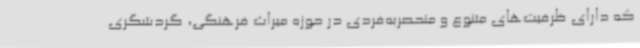
که دارای ظرفیت‌های متنوع و منحصربه‌فردی در حوزه میراث فرهنگی، گردشگری